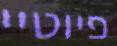
פיוטיי